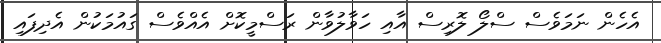
އެހެން ނަމަވެސް ސްލޯ ލޮރިސް އާއި ހަވާލުވާން ރަސްމީކޮށް އެއްވެސް ގައުމަކުން އެދިފައި